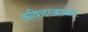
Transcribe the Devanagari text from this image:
कवित्तरत्नाकर